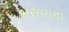
ભસવાના